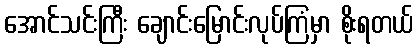
အောင်သင်းကြီး ချောင်းမြောင်းလုပ်ကြံမှာ စိုးရတယ်